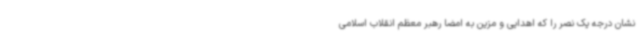
نشان درجه یک نصر را که اهدایی و مزین به امضا رهبر معظم انقلاب اسلامی